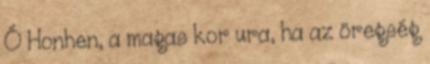
Ó Honhen, a magas kor ura, ha az öregség